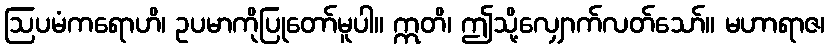
ဩပမံကရောဟိ၊ ဥပမာကိုပြုတော်မူပါ။ ဣတိ၊ ဤသို့လျှောက်လတ်သော်။ မဟာရာဇ၊